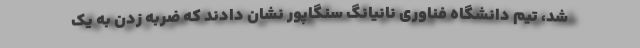
شد، تیم دانشگاه فناوری نانیانگ سنگاپور نشان دادند که ضربه زدن به یک